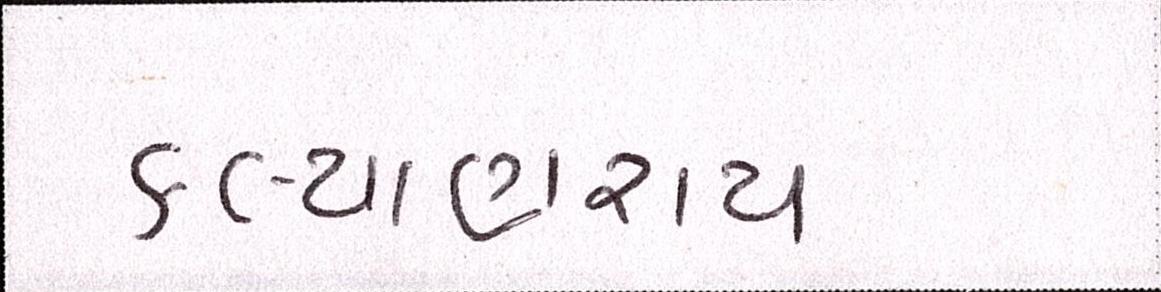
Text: કલ્યાણરાય